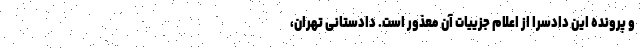
و پرونده این دادسرا از اعلام جزییات آن معذور است. دادستانی تهران،